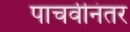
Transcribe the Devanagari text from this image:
पाचवीनंतर